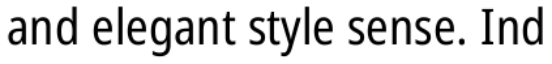
and elegant style sense. Ind